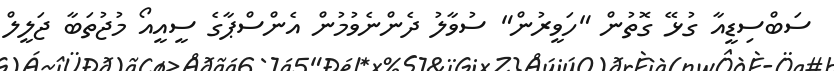
ސަބްސިޑީއާ ގުޅޭ ގޮތުން "ހަވީރުން" ސުވާލު ދެންނެވުމުން އެންސްޕާގެ ސީއީއޯ މުޖުތަބާ ޖަލީލް